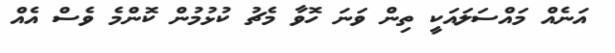
އަނެއް މައްސަލައަކީ ތިން ވަނަ ހޮވާ މެޗު ކުޅުމުން ކޮންމެ ވެސް އެއް